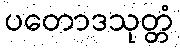
ပတောဒသုတ္တံ